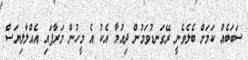
ސަބަބެއް ކަމަށް ބެލެވެނީ ރޭގަނޑުވަމުން ދިއުމާ އެކު އެ މީހުން މަރާފައި އެއްލާލިޔަސް